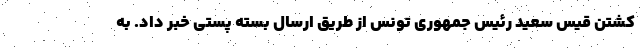
کشتن قیس سعید رئیس جمهوری تونس از طریق ارسال بسته پستی خبر داد. به